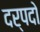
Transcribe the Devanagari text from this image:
दर्पदो